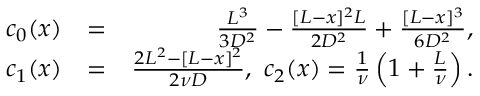
\begin{array} { r l r } { c _ { 0 } ( x ) } & { = } & { \frac { L ^ { 3 } } { 3 D ^ { 2 } } - \frac { [ L - x ] ^ { 2 } L } { 2 D ^ { 2 } } + \frac { [ L - x ] ^ { 3 } } { 6 D ^ { 2 } } , } \\ { c _ { 1 } ( x ) } & { = } & { \frac { 2 L ^ { 2 } - [ L - x ] ^ { 2 } } { 2 \nu D } , \ c _ { 2 } ( x ) = \frac { 1 } { \nu } \left( 1 + \frac { L } { \nu } \right) . } \end{array}